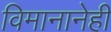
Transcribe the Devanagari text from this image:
विमानानेही